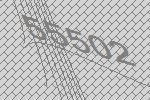
55502